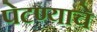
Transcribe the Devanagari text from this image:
पेटण्याचे